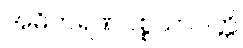
အဓိကရဏပစ္စယာပတ္တိ